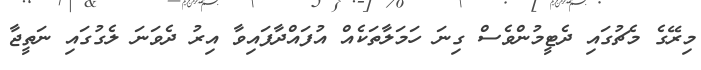
މިރޭގެ މެޗުގައި ދެޓީމުންވެސް ގިނަ ހަމަލާތަކެއް އުފައްދާފައިވާ އިރު ދެވަނަ ލެގުގައި ނަތީޖާ